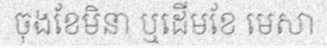
ចុងខែមិនា ឬដើមខែ មេសា